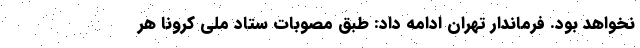
نخواهد بود. فرماندار تهران ادامه داد: طبق مصوبات ستاد ملی کرونا هر